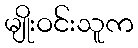
မျိုးဝင်းသူက